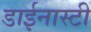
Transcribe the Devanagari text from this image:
डाईनास्टी